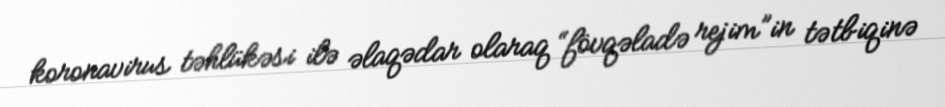
koronavirus təhlükəsi ilə əlaqədar olaraq “fövqəladə rejim”in tətbiqinə